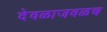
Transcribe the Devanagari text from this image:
देवळाजवळच